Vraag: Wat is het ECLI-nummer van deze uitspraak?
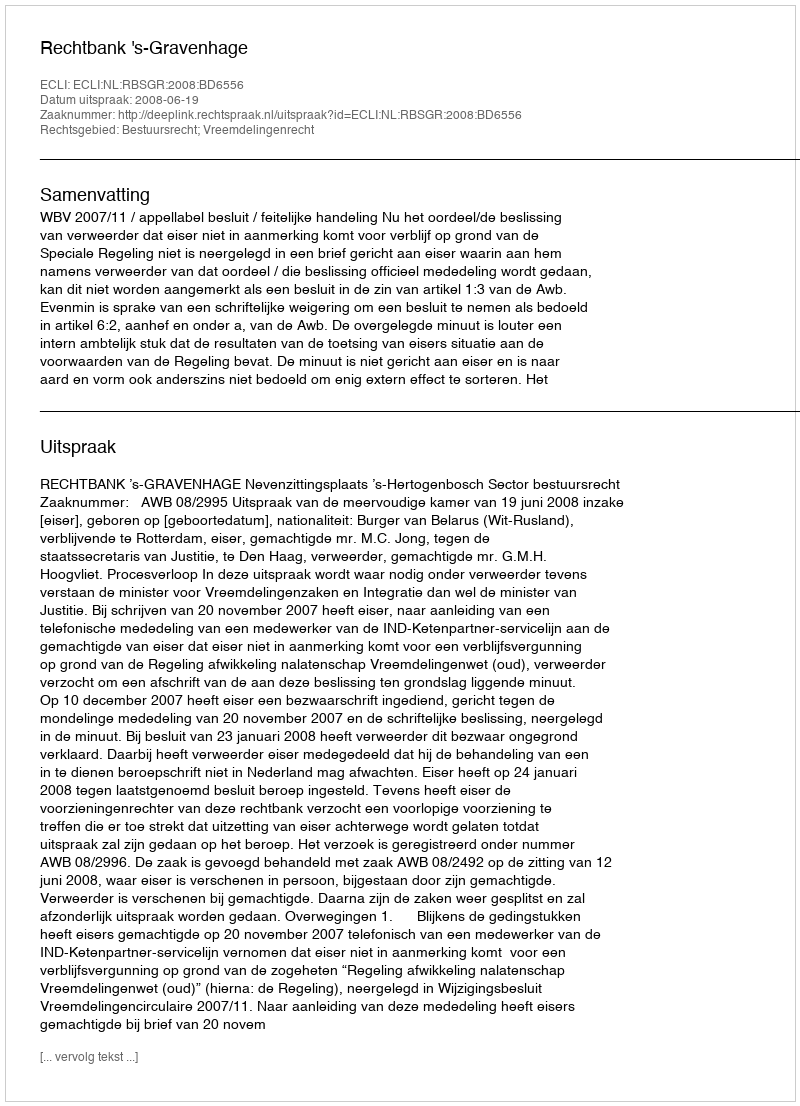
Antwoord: ECLI:NL:RBSGR:2008:BD6556